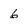
Character: 6